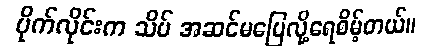
ပိုက်လိုင်းက သိပ် အဆင်မပြေလို့ရေစိမ့်တယ်။